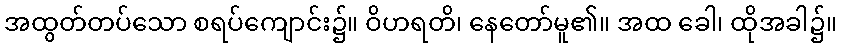
အထွတ်တပ်သော စရပ်ကျောင်း၌။ ဝိဟရတိ၊ နေတော်မူ၏။ အထ ခေါ၊ ထိုအခါ၌။